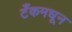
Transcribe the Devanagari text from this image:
टँकमधून